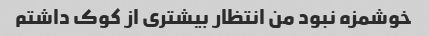
خوشمزه نبود من انتظار بیشتری از کوک داشتم